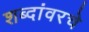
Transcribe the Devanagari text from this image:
शब्दांवरचे